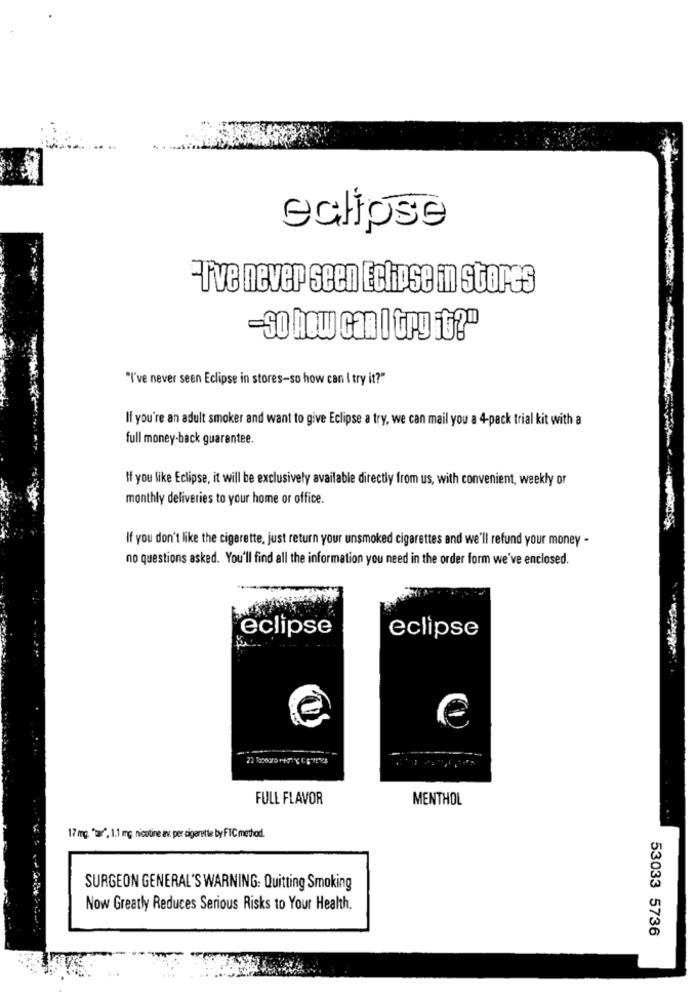
eclipse
-rve never seen Eclipse in stores
-So how can I Grg ft?"
"I've never seen Eclipse in stores-so how can I try it?"
If you're an adult smoker and want to give Eclipse a try, we can mail you a 4-pack trial kit with a
full money-back guarantee.
If you like Eclipse, it will be exclusively available directly from us, with convenient, weekly or
monthly deliveries to your home or office.
If you don't like the cigarette, just return your unsmoked cigarettes and we'll refund your money -
no questions asked. You'll find all the information you need in the order form we've enclosed.
eclipse
eclipse
FULL FLAVOR
MENTHOL
17 mg. "w", 1.1 mg nicotine av. per cigarette by FTC method.
SURGEON GENERAL'S WARNING: Quitting Smoking
Now Greatly Reduces Serious Risks to Your Health.
53033 5736